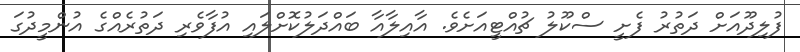
ފުލިދޫއަށް ދަތުރު ފެށީ ސްކޫލު ޗުއްޓީއަށެވެ. އާއިލާއާ ބައްދަލުކޮށްލައި އުފާވެރި ދަތުރެއްގެ އުންމީދުގަ